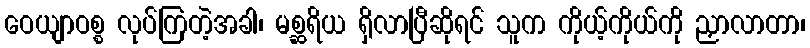
ဝေယျာဝစ္စ လုပ်ကြတဲ့အခါ၊ မစ္ဆရိယ ရှိလာပြီဆိုရင် သူက ကိုယ့်ကိုယ်ကို ညှာလာတာ၊